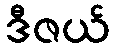
ဒီဇယ်